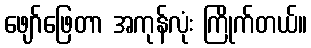
ဖျော်ဖြေတာ အကုန်လုံး ကြိုက်တယ်။